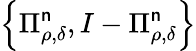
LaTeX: \left\{ \Pi_{\rho,\delta}^{\mathsf{n}},I-\Pi_{\rho,\delta}^{\mathsf{n}}\right\}